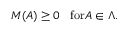
M ( A ) \geq 0 \; \; \; \mathrm { f o r } A \in \Lambda .